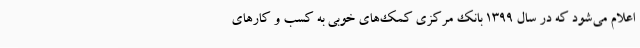
اعلام می‌شود که در سال 1399 بانک مرکزی کمک‌های خوبی به کسب و کارهای